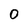
Character: 0